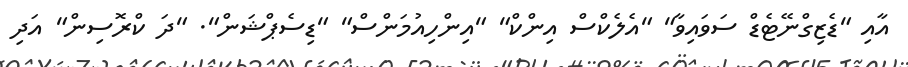
އާއި "ޑެޒިގްނޭޓެޑް ސަވައިވާ" "އެލެކްސް އިންކް" "އިންހިއުމަންސް" "ޑިސެޕްޝަން". "ދަ ކްރޮސިން" އަދި